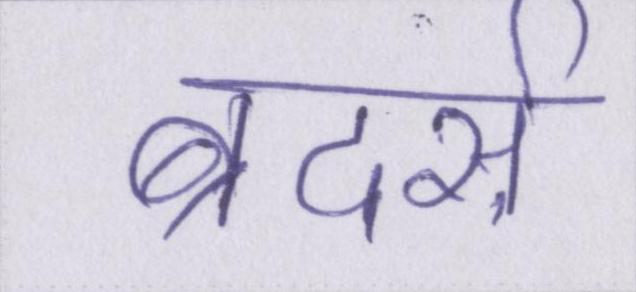
ब्रदर्स